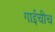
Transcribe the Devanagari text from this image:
गाईंचीच